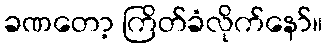
ခဏတော့ ကြိတ်ခံလိုက်နော်။